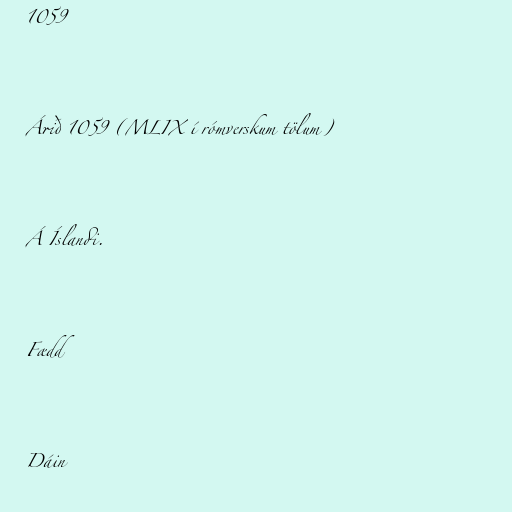
1059

Árið 1059 (MLIX í rómverskum tölum)

Á Íslandi.

Fædd

Dáin